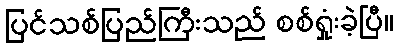
ပြင်သစ်ပြည်ကြီးသည် စစ်ရှုံးခဲ့ပြီ။